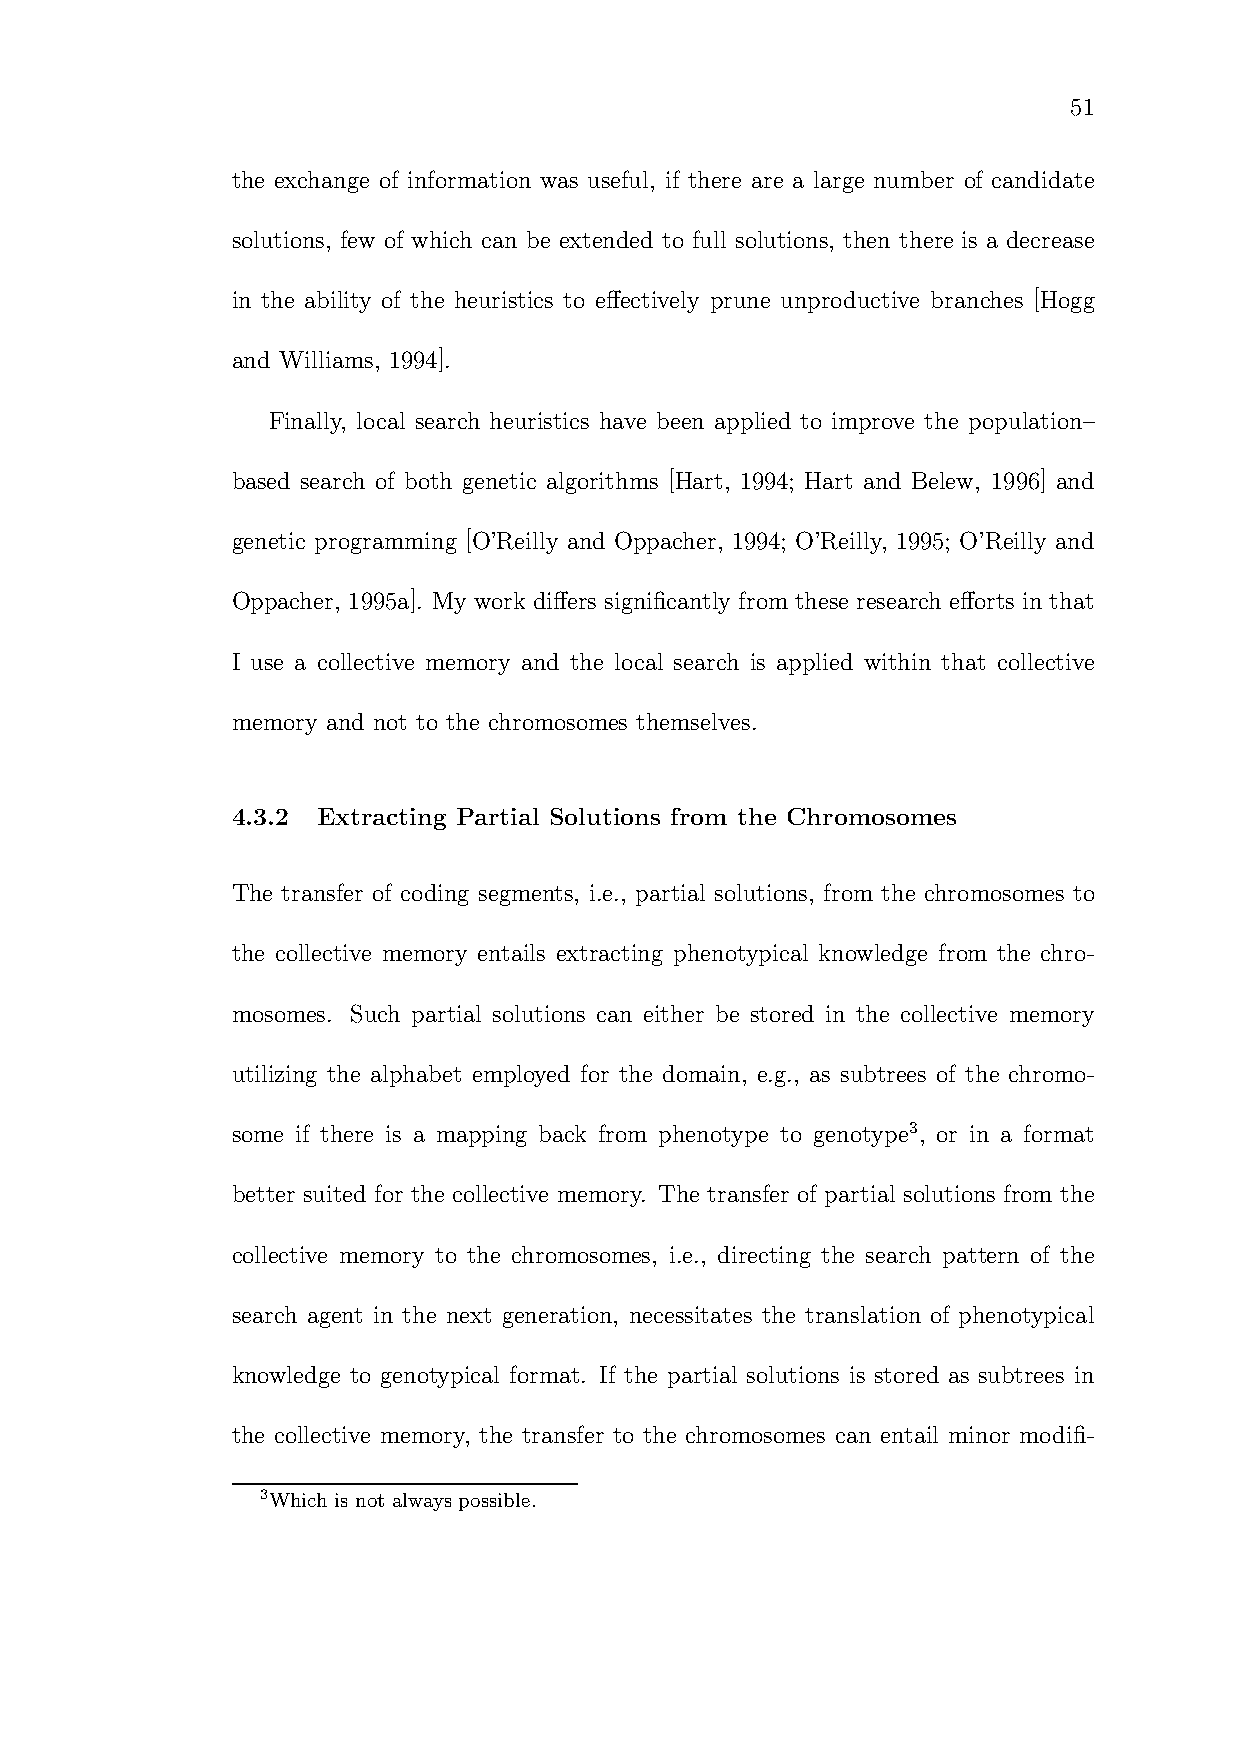
51
 the exchange of information was useful, if there are a large number of candidate
 solutions, few of which can be extended to full solutions, then there is a decrease
 in the ability of the heuristics to effectively prune unproductive branches [Hogg
 and Williams, 1994].
 Finally, local search heuristics have been applied to improve the population–
 based search of both genetic algorithms [Hart, 1994; Hart and Belew, 1996] and
 genetic programming [O’Reilly and Oppacher, 1994; O’Reilly, 1995; O’Reilly and
 Oppacher, 1995a]. My work differs significantly from these research efforts in that
 I use a collective memory and the local search is applied within that collective
 memory and not to the chromosomes themselves.
 4.3.2 Extracting Partial Solutions from the Chromosomes
 The transfer of coding segments, i.e., partial solutions, from the chromosomes to
 the collective memory entails extracting phenotypical knowledge from the chro-
 mosomes. Such partial solutions can either be stored in the collective memory
 utilizing the alphabet employed for the domain, e.g., as subtrees of the chromo-
 some if there is a mapping back from phenotype to genotype3, or in a format
 better suited for the collective memory. The transfer of partial solutions from the
 collective memory to the chromosomes, i.e., directing the search pattern of the
 search agent in the next generation, necessitates the translation of phenotypical
 knowledge to genotypical format. If the partial solutions is stored as subtrees in
 the collective memory, the transfer to the chromosomes can entail minor modifi-
 3Which is not always possible.